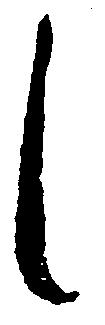
し